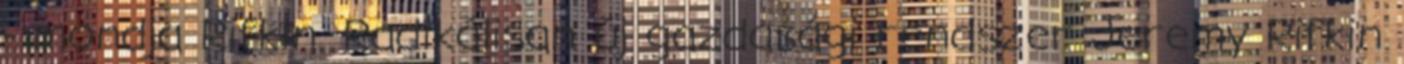
- mondja Rifkin. Radikálisan új gazdasági rendszer Jeremy Rifkin